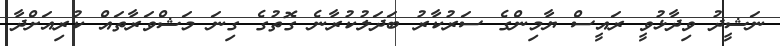
ނަޝީދު ވިދާޅުވީ ރައީސް ޔާމިންގެ ސަރުކާރު ބަދަލުކުރާނެ ގޮތުގެ ގިނަ މަޝްވަރާތައް ކުރިއަށްދާ